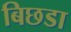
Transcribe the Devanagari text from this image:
बिछडा